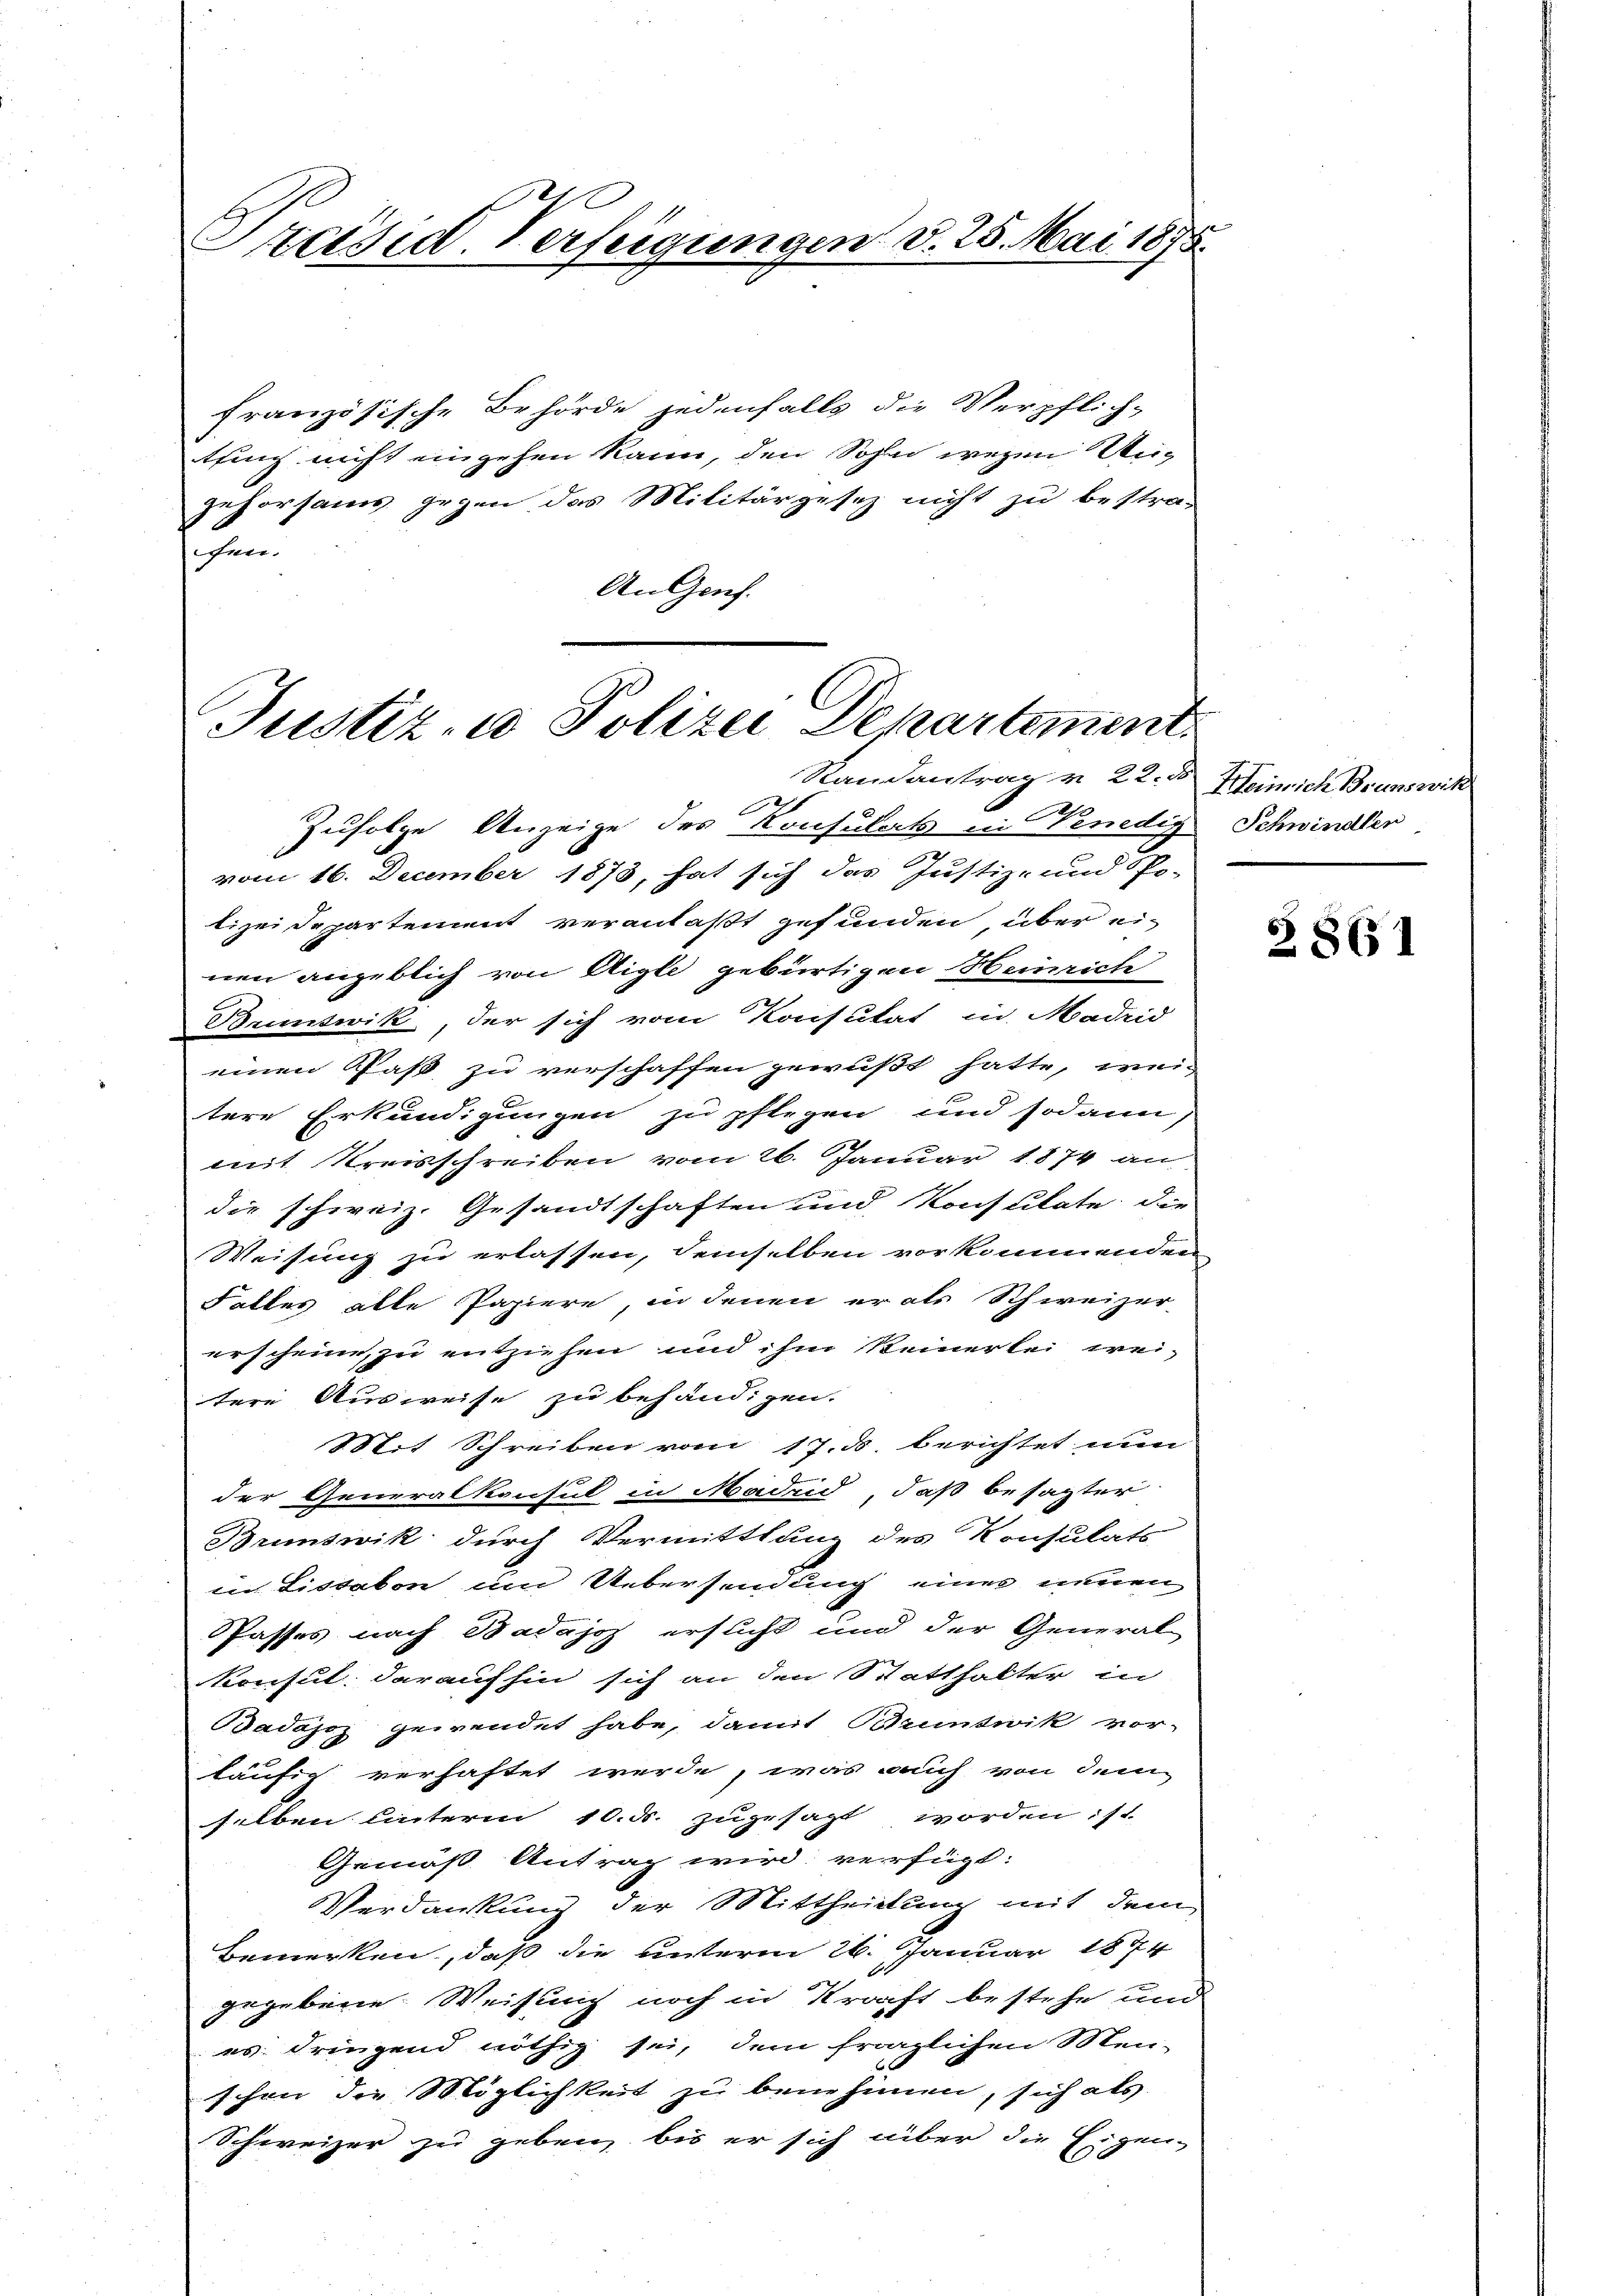
Präsid. Verfeigungen d. 25. Mai 1875.

französische Behörde jedenfalls die Verpflich-
tfung nicht eingehen kann, den Sohn wegen Ungehorsams gegen das Militärgesez nicht zu bestra-
hen.
An Genf.

Justiz- u Polizei Departement
Randantrag v. 22. d. Heinrich Brunswil

Zufolge Anzeige des Konsulats in Venedig Schwindler
vom 16. December 1873, hat sich das Justiz- und Po-
lizei Departement veranlaßt gefunden über einen angeblich von Aigle gebürtigen Heinrich
Bumtwik, der sich vom Konsulat in Madrid
einen Past zu verschaffen gewußt hatte, weitere Erkundigungen zu pflegen und sodann
mit Kreisschreiben vom 26. Januar 1874 an
die schweiz. Gesandtschaften und Konsulate die
Weisung zu erlassen, demselben vorkommenden
Falles alle Papiere, in denen er als Schweizer-
erscheine, zu entziehen und ihm keinerlei wei-
tere Ausweise zu behändigen.
Mit Schreiben vom 17. ds berichtet nun
der Generalkonsul in Madrid, daß besagter
Brunswik durch Vermittlung des Konsulats
in Lissakon um Uebersendung einer neuen
passes nach Badajoz ersucht und der General
konsul darauf hin sich an den Statthalter in
Badajoz gewendet habe, damit Bluntwik vor-
läufig verhaftet werde, was auch von dem
selben unterm 10. d. zugesagt worden :/
Gemäß Antrag wird verfügt:
Verdankung der Mittheidung mit dem
Bemerken, daß die unterm 26. Januar 1844
gegebene Weisung noch in Kraft bestehe und
es dringend nöthig sei, dem fraglichen Men-
schon die Möglichkeit zu benehmen, sich als
Schweizer zu geben, bis er sich über die Eigen-

Z 861